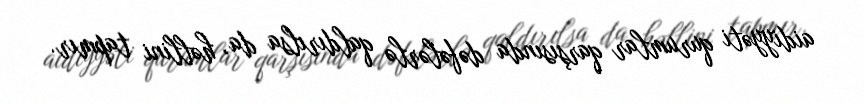
aidiyyəti qurumlar qarşısında dəfələrlə qaldırılsa da, həllini tapmır.